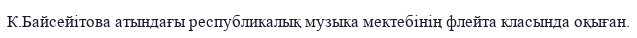
К.Байсейітова атындағы республикалық музыка мектебінің флейта класында оқыған.